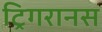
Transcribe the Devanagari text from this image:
ट्रिगरानस